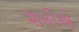
શકીએ